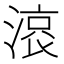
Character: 𣺓